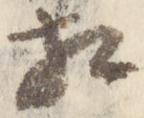
相